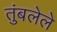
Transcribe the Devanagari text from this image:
तुंबलेले